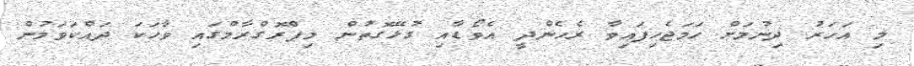
މި އަހަރު ދިނުމަށް ހަމަޖެހިފައިވާ ރެހެންދީ އެވޯޑާއި ގުޅޭގޮތުން މިޕްރޮގްރާމްގައި ވާހަކަ ދައްކަވަމުން